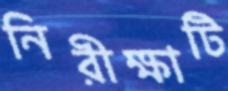
নিরীক্ষাটি